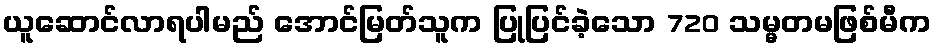
ယူဆောင်လာရပါမည် အောင်မြတ်သူက ပြုပြင်ခဲ့သော 720 သမ္မတမဖြစ်မီက